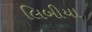
લિબીયા